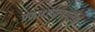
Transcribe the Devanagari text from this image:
प्रकाशरासायनिक